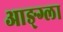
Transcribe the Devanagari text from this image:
आङ्ग्ला